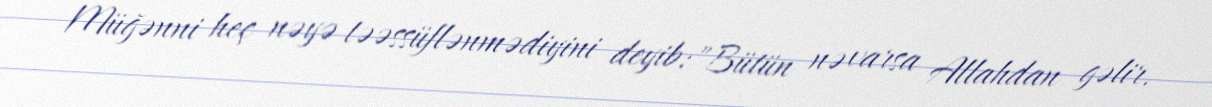
Müğənni heç nəyə təəssüflənmədiyini deyib:"Bütün nə varsa Allahdan gəlir.